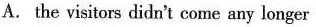
A.the visitors didn't come any longer